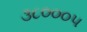
૩૮૦૦૦૫